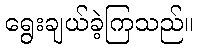
ရွေးချယ်ခဲ့ကြသည်။